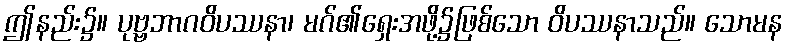
ဤနည်း၌။ ပုဗ္ဗဘာဂဝိပဿနာ၊ မဂ်၏ရှေးအဖို့၌ဖြစ်သော ဝိပဿနာသည်။ သောမန